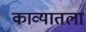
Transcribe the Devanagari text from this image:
काव्यातला